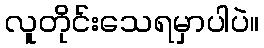
လူတိုင်းသေရမှာပါပဲ။